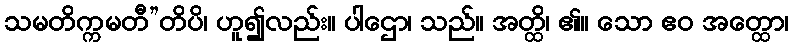
သမတိက္ကမတီ”တိပိ၊ ဟူ၍လည်း။ ပါဌော၊ သည်။ အတ္ထိ၊ ၏။ သော ဧဝ အတ္ထော၊